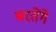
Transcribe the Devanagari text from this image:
बरतेंगे